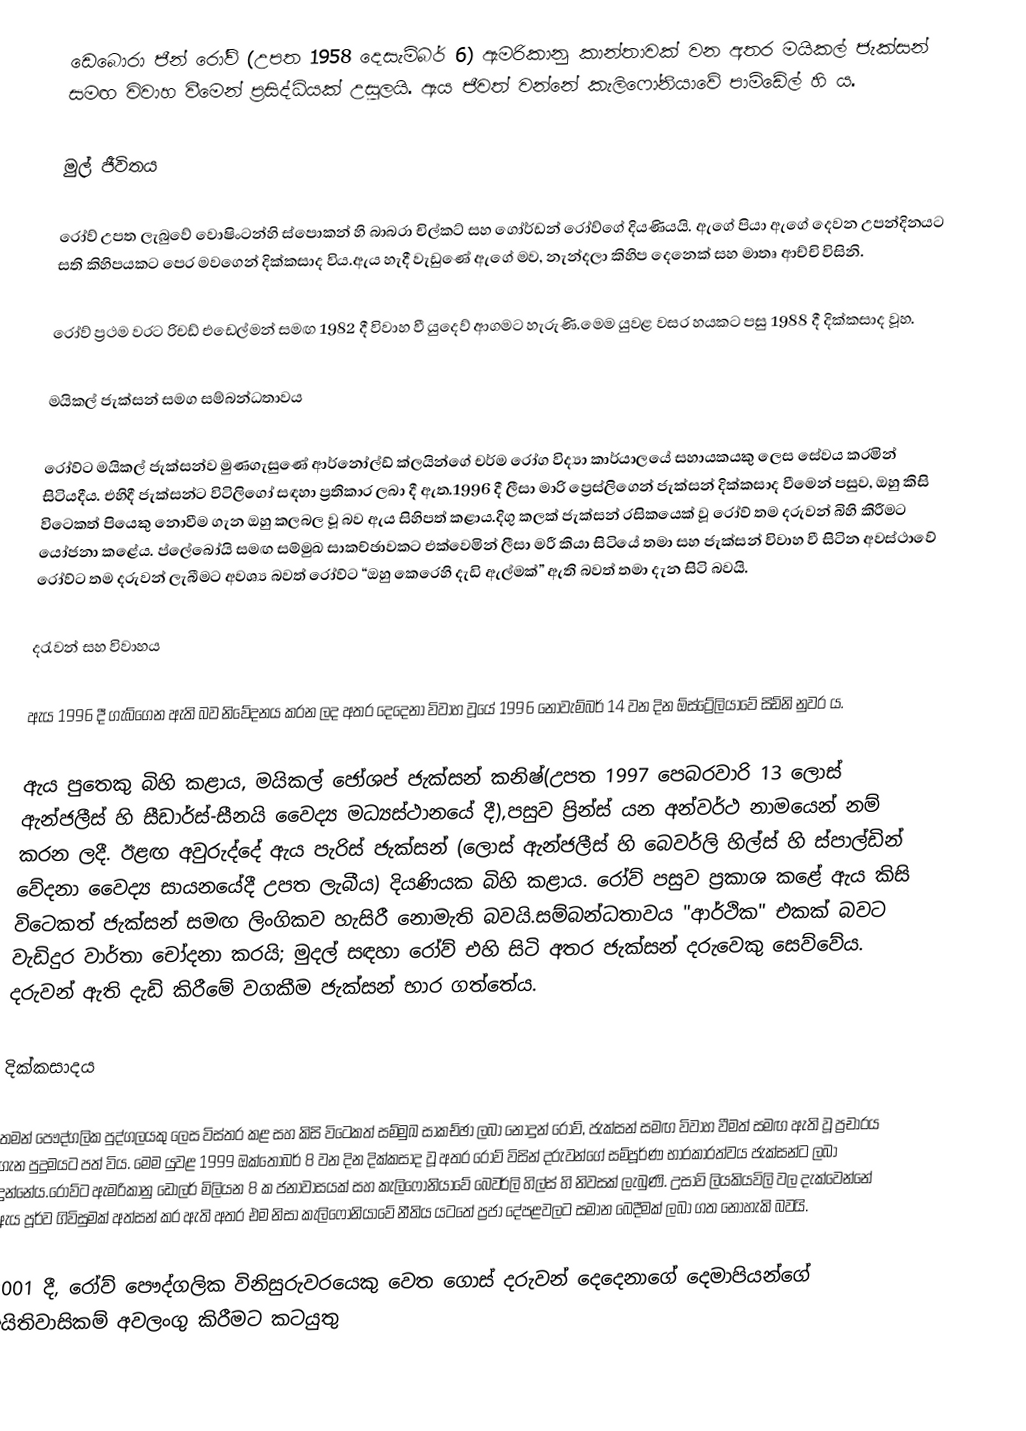
ඩෙබොරා ජීන් රෝව් (උපත 1958 දෙසැම්බර් 6) ඇමරිකානු කාන්තාවක් වන අතර මයිකල් ජැක්සන් සමඟ විවාහ වීමෙන් ප්‍රසිද්ධියක් උසුලයි.  ඇය ජීවත් වන්නේ කැලිෆෝනියාවේ පාම්ඩේල් හි ය.

මුල් ජීවිතය

රෝව් උපත ලැබුවේ වොෂිංටන්හි ස්පොකන් හි බාබරා චිල්කට් සහ ගෝර්ඩන් රෝව්ගේ දියණියයි.  ඇගේ පියා ඇගේ දෙවන උපන්දිනයට සති කිහිපයකට පෙර මවගෙන් දික්කසාද විය.ඇය හැදී වැඩුණේ ඇගේ මව, නැන්දලා කිහිප දෙනෙක් සහ මාතෘ ආච්චි විසිනි.

රෝව් ප්‍රථම වරට රිචඩ් එඩෙල්මන් සමඟ 1982 දී විවාහ වී යුදෙව් ආගමට හැරුණි.මෙම යුවළ වසර හයකට පසු 1988 දී දික්කසාද වූහ.

මයිකල් ජැක්සන් සමග සම්බන්ධතාවය

රෝව්ට මයිකල් ජැක්සන්ව මුණගැසුණේ ආර්නෝල්ඩ් ක්ලයින්ගේ චර්ම රෝග විද්‍යා කාර්යාලයේ සහායකයකු ලෙස සේවය කරමින් සිටියදීය. එහිදී ජැක්සන්ට විටිලිගෝ සඳහා ප්‍රතිකාර ලබා දී ඇත.1996 දී ලීසා මාරි ප්‍රෙස්ලිගෙන් ජැක්සන් දික්කසාද වීමෙන් පසුව, ඔහු කිසි විටෙකත් පියෙකු නොවීම ගැන ඔහු කලබල වූ බව ඇය සිහිපත් කළාය.දිගු කලක් ජැක්සන් රසිකයෙක් වූ රෝව් තම දරුවන් බිහි කිරීමට යෝජනා කළේය. ප්ලේබෝයි සමඟ සම්මුඛ සාකච්ඡාවකට එක්වෙමින් ලීසා මරී කියා සිටියේ තමා සහ ජැක්සන් විවාහ වී සිටින අවස්ථාවේ රෝව්ට තම දරුවන් ලැබීමට අවශ්‍ය බවත් රෝව්ට “ඔහු කෙරෙහි දැඩි ඇල්මක්” ඇති බවත් තමා දැන සිටි බවයි.

දරැවන් සහ විවාහය

ඇය 1996 දී ගැබ්ගෙන ඇති බව නිවේදනය කරන ලද අතර දෙදෙනා විවාහ වූයේ 1996 නොවැම්බර් 14 වන දින ඕස්ට්‍රේලියාවේ සිඩ්නි නුවර ය.

ඇය පුතෙකු බිහි කළාය, මයිකල් ජෝශප් ජැක්සන් කනිෂ්(උපත 1997 පෙබරවාරි 13 ලොස් ඇන්ජලීස් හි සීඩාර්ස්-සීනයි වෛද්‍ය මධ්‍යස්ථානයේ දී),පසුව ප්‍රින්ස් යන අන්වර්ථ නාමයෙන් නම් කරන ලදී.  ඊළඟ අවුරුද්දේ ඇය පැරිස් ජැක්සන් (ලොස් ඇන්ජලීස් හි බෙවර්ලි හිල්ස් හි ස්පාල්ඩින් වේදනා වෛද්‍ය සායනයේදී උපත ලැබීය) දියණියක බිහි කළාය. රෝව් පසුව ප්‍රකාශ කළේ ඇය කිසි විටෙකත් ජැක්සන් සමඟ ලිංගිකව හැසිරී නොමැති බවයි.සම්බන්ධතාවය "ආර්ථික" එකක් බවට වැඩිදුර වාර්තා චෝදනා කරයි;  මුදල් සඳහා රෝව් එහි සිටි අතර ජැක්සන් දරුවෙකු සෙව්වේය. දරුවන් ඇති දැඩි කිරීමේ වගකීම ජැක්සන් භාර ගත්තේය.

දික්කසාදය

තමන් පෞද්ගලික පුද්ගලයකු ලෙස විස්තර කළ සහ කිසි විටෙකත් සම්මුඛ සාකච්ඡා ලබා නොදුන් රෝව්, ජැක්සන් සමඟ විවාහ වීමත් සමඟ ඇති වූ ප්‍රචාරය ගැන පුදුමයට පත් විය. මෙම යුවළ 1999 ඔක්තෝබර් 8 වන දින දික්කසාද වූ අතර රෝව් විසින් දරුවන්ගේ සම්පූර්ණ භාරකාරත්වය ජැක්සන්ට ලබා දුන්නේය.රෝව්ට ඇමරිකානු ඩොලර් මිලියන 8 ක ජනාවාසයක් සහ කැලිෆෝනියාවේ බෙවර්ලි හිල්ස් හි නිවසක් ලැබුණි.  උසාවි ලියකියවිලි වල දැක්වෙන්නේ ඇය පූර්ව ගිවිසුමක් අත්සන් කර ඇති අතර එම නිසා කැලිෆෝනියාවේ නීතිය යටතේ ප්‍රජා දේපළවලට සමාන බෙදීමක් ලබා ගත නොහැකි බවයි.

2001 දී, රෝව් පෞද්ගලික විනිසුරුවරයෙකු වෙත ගොස් දරුවන් දෙදෙනාගේ දෙමාපියන්ගේ අයිතිවාසිකම් අවලංගු කිරීමට කටයුතු